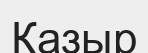
Казыр